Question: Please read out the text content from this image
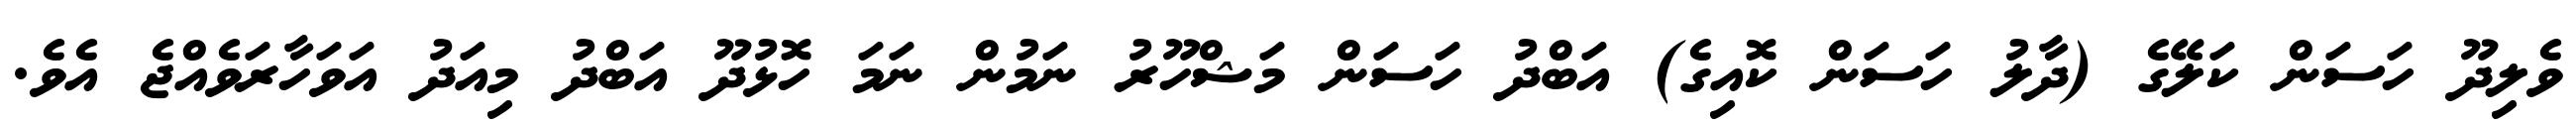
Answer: ވެލިދޫ ހަސަން ކަލޭގެ (ދާލު ހަސަން ކޮއިގެ) އަބްދު ހަސަން މަޝްހޫރު ނަމުން ނަމަ ހޮޅުދޫ އަބްދު މިއަދު އަވަހާރަވެއްޖެ އެވެ.